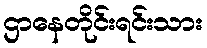
ဌာနေတိုင်းရင်းသား